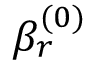
\beta _ { r } ^ { ( 0 ) }